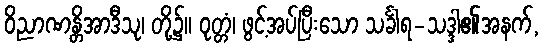
ဝိညာဏန္တိအာဒီသု၊ တို့၌။ ဝုတ္တံ၊ ဖွင့်အပ်ပြီးသော သင်္ခါရ-သဒ္ဒါ၏အနက်,